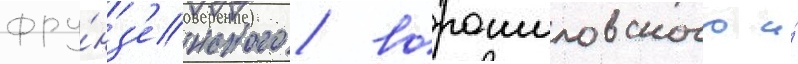
фру́нз'енского / ворошиловского и́